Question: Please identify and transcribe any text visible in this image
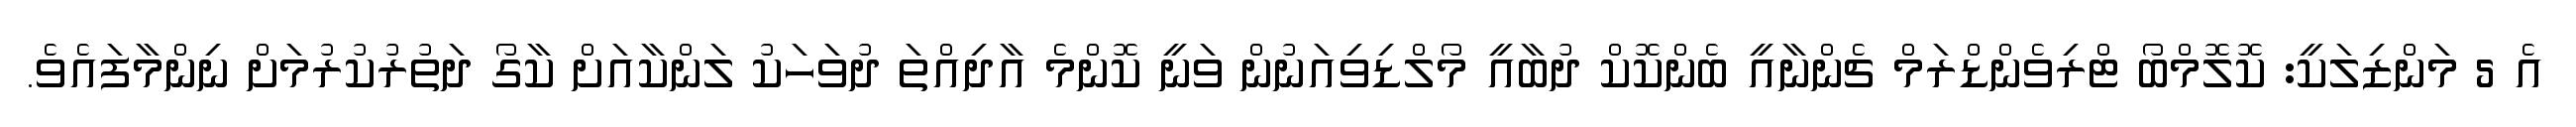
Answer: އެ 5 މަންޒިލަކީ: ކޮލޮމްބޯ ޓްރިވެންޑްރަމް ޗެންނާއީ ބެންކޮކް ދުބާއީ މޯލްޑިވިއަނުން ވަނީ ކޮންމެ އާދިއްތަ ދުވަހަކު ލަންކާއަށް ކާގޯ ދަތުރުކުރުމަށް ނިންމާފައެވެ.